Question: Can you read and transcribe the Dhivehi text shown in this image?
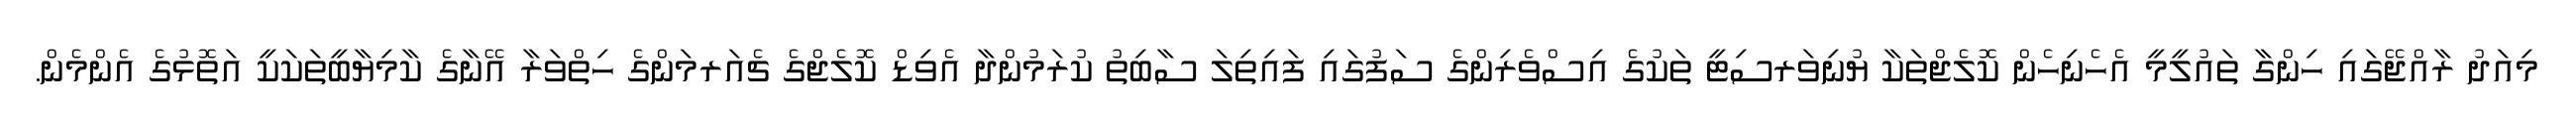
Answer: މިއަދު ރާއްޖޭގައި ހިންގާ ތައުލީމީ އެހެނިހެން ކޮލެޖްތަކާ ޔުނިވަރސިޓީ ތަކުގެ އިސްވެރިންގެ ސަފުގައި ފައިތިލަ ސާބިތު ކުރަމުންދާ އެވިޑް ކޮލެޖްގެ ޗެއަރމަންގެ ހިތްވަރާ އޭނާގެ ކާމިޔާބީތަކަކީ އަތޮޅުގެ އެންމެން.